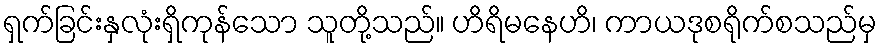
ရှက်ခြင်းနှလုံးရှိကုန်သော သူတို့သည်။ ဟိရိမနေဟိ၊ ကာယဒုစရိုက်စသည်မှ